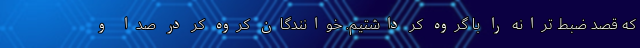
که قصد ضبط ترانه را با گروه کُر داشتیم. خوانندگان کروه کر در صدا و